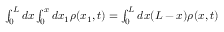
\begin{array} { r } { \int _ { 0 } ^ { L } d x \int _ { 0 } ^ { x } d x _ { 1 } \rho ( x _ { 1 } , t ) = \int _ { 0 } ^ { L } d x ( L - x ) \rho ( x , t ) } \end{array}